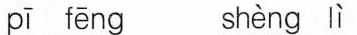
pī fēng shèng lì